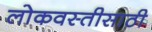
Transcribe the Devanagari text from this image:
लोकवस्तीसाठी